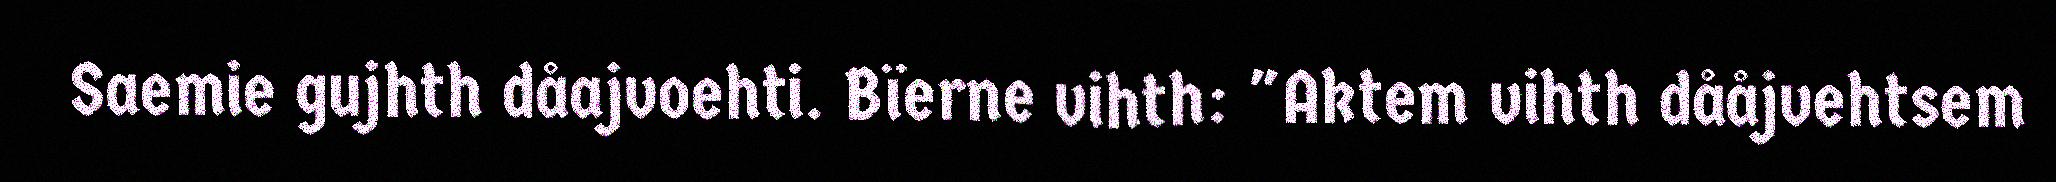
Saemie gujhth dåajvoehti. Bïerne vihth: "Aktem vihth dååjvehtsem